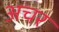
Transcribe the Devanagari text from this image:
अचर